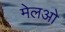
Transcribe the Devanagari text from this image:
मेलओ